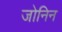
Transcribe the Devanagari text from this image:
जोनिन